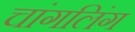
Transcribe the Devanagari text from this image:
चांगलिंग